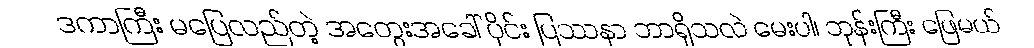
ဒကာကြီး မပြေလည်တဲ့ အတွေးအခေါ် ပိုင်း ပြဿနာ ဘာရှိသလဲ မေးပါ၊ ဘုန်းကြီး ဖြေမယ်